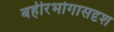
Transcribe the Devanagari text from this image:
बहीरभोगासदृश